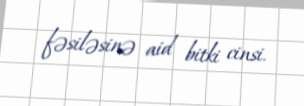
fəsiləsinə aid bitki cinsi.